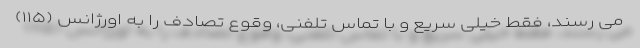
می رسند، فقط خیلی سریع و با تماس تلفنی، وقوع تصادف را به اورژانس (۱۱۵)